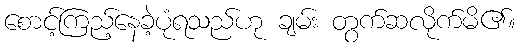
စောင့်ကြည့်နေခဲ့ပုံရသည်ဟု ချမ်း တွက်ဆလိုက်မိ၏။